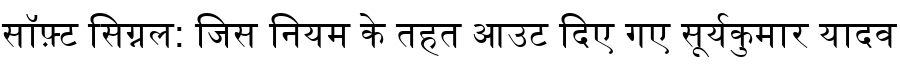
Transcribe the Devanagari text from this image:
सॉफ़्ट सिग्नल: जिस नियम के तहत आउट दिए गए सूर्यकुमार यादव